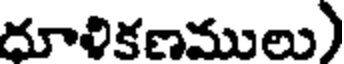
దూలికణములు)